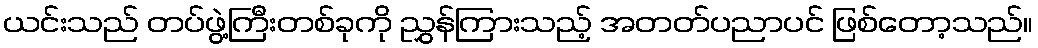
ယင်းသည် တပ်ဖွဲ့ကြီးတစ်ခုကို ညွှန်ကြားသည့် အတတ်ပညာပင် ဖြစ်တော့သည်။